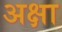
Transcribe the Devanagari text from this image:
अक्षा